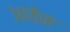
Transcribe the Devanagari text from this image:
आठेक